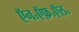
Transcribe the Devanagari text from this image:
ऍन॰ऍफ़॰ऍल॰